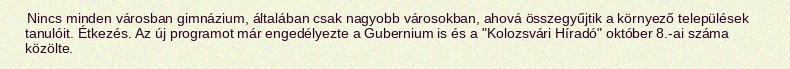
Nincs minden városban gimnázium, általában csak nagyobb városokban, ahová összegyűjtik a környező települések tanulóit. Étkezés. Az új programot már engedélyezte a Gubernium is és a "Kolozsvári Híradó" október 8.-ai száma közölte.